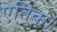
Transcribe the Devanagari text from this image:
ऐतिक।